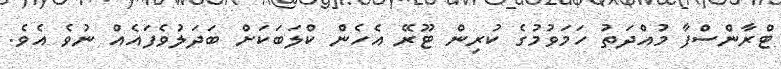
ޓްރާންސްފާ މުއްދަތު ހަމަވުމުގެ ކުރިން ޓޫރޭ އެހެން ކްލަބަކަށް ބަދަލުވެފައެއް ނުވެ އެވެ.